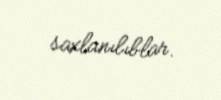
saxlanılıblar.